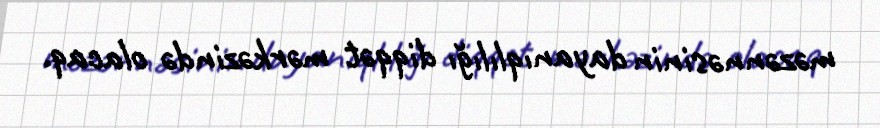
məzənnəsinin dayanıqlılığı diqqət mərkəzində olacaq.